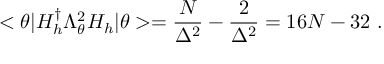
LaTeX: < \theta | H _ { h } ^ { \dag } \Lambda _ { \theta } ^ { 2 } H _ { h } | \theta > = \frac { N } { \Delta ^ { 2 } } - \frac { 2 } { \Delta ^ { 2 } } = 1 6 N - 3 2 \ .